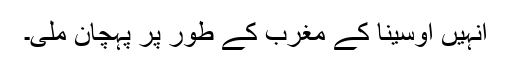
انہیں اوسینا کے مغرب کے طور پر پہچان ملی۔